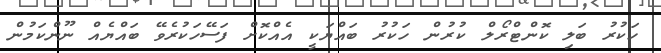
ހަކުރު ބަލި ކޮންޓްރޯލް ކުރުން ހަކުރު ބައްޔަކީ އެއްކޮށް ފަސޭހަކުރެވޭ ބައްޔެއް ނޫންކަމުން